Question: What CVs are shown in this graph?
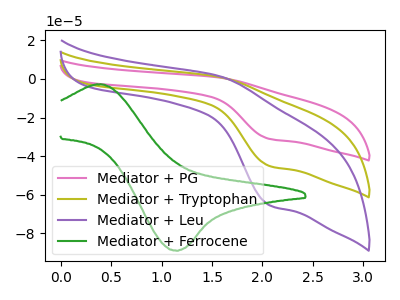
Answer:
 <answer>The pink curve is labeled "Mediator + PG". The olive curve is labeled "Mediator + Tryptophan". The purple curve is labeled "Mediator + Leu". The green curve is labeled "Mediator + Ferrocene".</answer>
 <eval></eval>